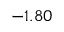
- 1 . 8 0